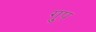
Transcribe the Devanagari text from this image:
गु्प